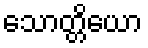
သောတ္တိယော